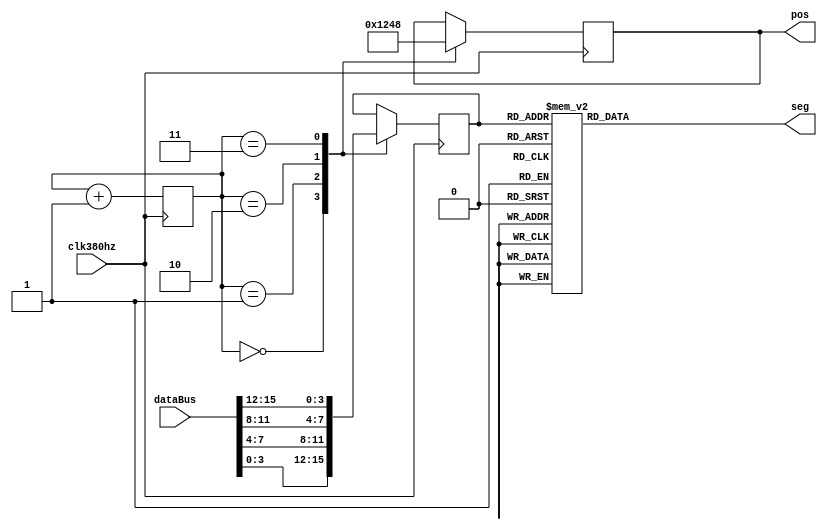
module num_segMsg (
    input clk380hz,
    input [15:0] dataBus,
    output reg [3:0] pos,
    output reg [7:0] seg 
);
    reg [2:0] posC;
    reg [3:0] dataP;
    always @(posedge clk380hz) begin
        case (posC)
            0: begin
                pos <= 4'b0001;
                dataP <= dataBus[3:0];
            end
            1: begin
                pos <= 4'b0010;
                dataP <= dataBus[7:4];
            end
            2: begin
                pos <= 4'b0100;
                dataP <= dataBus[11:8];
            end
            3: begin
                pos <= 4'b1000;
                dataP <= dataBus[15:12];
            end
        endcase
        posC = posC + 1;
    end

    always@ (dataP) begin
        case(dataP)
            0 : seg = 8'b0011_1111;
            1 : seg = 8'b0000_0110;
            2 : seg = 8'b0101_1011;
            3 : seg = 8'b0100_1111;
            4 : seg = 8'b0110_0110;
            5 : seg = 8'b0110_1101;
            6 : seg = 8'b0111_1101;
            7 : seg = 8'b0000_0111;
            8 : seg = 8'b0111_1111;
            9 : seg = 8'b0110_1111;
            default: 
                seg = 8'b0100_0000;
        endcase
    end

endmodule